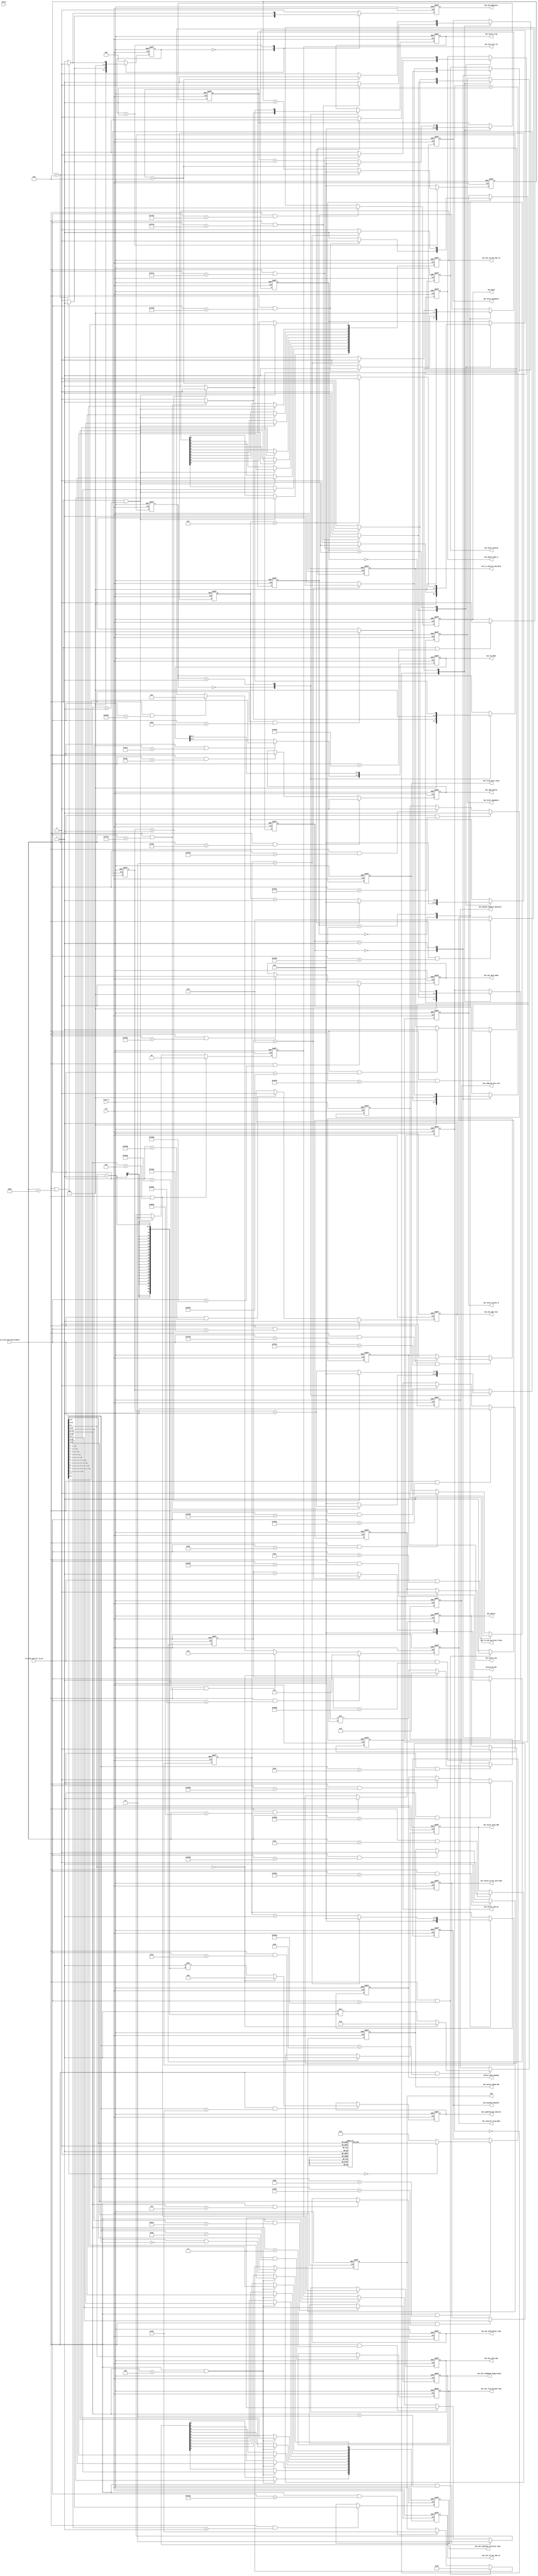
`timescale 1ns / 1ps
//////////////////////////////////////////////////////////////////////////////////
// Company: 
// Engineer: 
// 
// Design Name: 
// Module Name:    usb_command_interpreter 
// Project Name: 
// Target Devices: 
// Tool versions: 
// Description: 
//
// Dependencies: 
//
// Revision: 
// Revision 0.01 - File Created
// Additional Comments: 
//
//////////////////////////////////////////////////////////////////////////////////
module usb_command_interpreter(
      input                 IFCLK,
      input                 clk,
      input                 reset_n,
      /*--------USB interface------------*/
      input                 in_from_usb_Ctr_rd_en,
      input [15:0]          in_from_usb_ControlWord,
      output reg            out_to_usb_Acq_Start_Stop,
      /*-------clear usb fifo------------*/
      output reg            out_to_control_usb_data, //control USB choose input Data ADC_Constant_Data or Normal Data
      /*-------LED test------------------*/
      output reg [5:0]      LED,
      /*------Select Work mode-----------*/
      output reg            Out_Sel_Work_Mode,
      /*------Control Trig and ADC module--------*/
      output reg [4:1]      Out_Valid_TA_for_Self_Mod,   //Control which TA to use for Self Trig mode  1111for all use 0001for only use TA1

      output reg            Out_Trig_Start_Stop,  
      output reg            Out_Hold,
      output reg [3:0]      Out_Control_Trig_Mode,
      output reg [7:0]      Out_Set_Trig_Inside_Time, 
      output reg [13:0]     Out_Set_Constant_Interval_Time,
      output reg [11:0]     Out_Set_Hold_Delay_Time,
      /*---------Control ADG-----------*/
      output reg            Out_Sel_ADC_Test,
      output reg            Out_ADG_Switch,

      output reg            Out_Reset_ASIC_b,
      output reg            Out_Start_Acq,
      output reg            Out_Start_Conver_b,
      output reg            Out_Force_Trig,
      output reg            Out_Start_Readout1,
      output reg            Out_Start_Readout2,
      output reg            Out_Start_Stop_ADG,
      output reg [192:1]    Out_AnaProb_SS1_SS10_PA,
      output reg [128:1]    Out_AnaProb_Thre_Fsb,
      output reg            Select_Main_Backup,
      output reg            Out_Set_Register,
      output reg [3:0]      Out_Sel_Feedback_Capacitance,
      output reg [64:1]     Out_Choose_Channel_Resister,
      output reg [1:0]      Out_Sel_Cali_TA,
      output reg [11:0]     Out_Set_Cali_DAC,
      output reg [9:0]     Out_Set_TA_Thr_DAC_12,
      output reg [9:0]     Out_Set_TA_Thr_DAC_34,
      /*-----Control TA Config module---*/
      output reg [5:1]      Out_TA_Mode,
      output reg            Out_Select_Ramp_ADC,
      output reg [32:1]     Out_Disable_Channel,
      output reg            Out_Start_Config,
      output reg            Out_Select,/*Select SC or Probregister mode 1 for SC 0 for Probe*/
      output reg            Out_Select_TDC_On,

 //     output [15:0] Out_Ctr_Word,
      output reg            Status_En_Out
    );
/*-------Select Ramp_ADC------------*/
always @ (posedge clk , negedge reset_n) begin
  if(~reset_n)
    Out_Select_Ramp_ADC <= 1'b0;

  else if(in_from_usb_Ctr_rd_en && in_from_usb_ControlWord[15:0] == 16'hfab1)
    Out_Select_Ramp_ADC <= 1'b1;
    
  else if(in_from_usb_Ctr_rd_en && in_from_usb_ControlWord[15:0] == 16'hfab0)
    Out_Select_Ramp_ADC <= 1'b0;


  else
    Out_Select_Ramp_ADC <= Out_Select_Ramp_ADC;
end
/*--------Sel ADC Test----------*/
always @ (posedge clk , negedge reset_n) begin
  if(~reset_n)
    Out_Sel_ADC_Test <= 1'b0;

  else if(in_from_usb_Ctr_rd_en && in_from_usb_ControlWord[15:0] == 16'hf301)
    Out_Sel_ADC_Test <= 1'b1;
    
  else if(in_from_usb_Ctr_rd_en && in_from_usb_ControlWord[15:0] == 16'hf300)
    Out_Sel_ADC_Test <= 1'b0;


  else
    Out_Sel_ADC_Test <= Out_Sel_ADC_Test;
end




/*----Command of Prob Register-----*/



always  @ (posedge clk or negedge reset_n)
  begin
    if(~reset_n)
      begin
        Out_AnaProb_SS1_SS10_PA       <=  192'd0;
      end   
    else if(in_from_usb_Ctr_rd_en && in_from_usb_ControlWord[15:8] == 8'h30)
      begin
        if(in_from_usb_ControlWord[7:0] == 8'd0)
          Out_AnaProb_SS1_SS10_PA     <=  192'd0;
        else
          begin

          Out_AnaProb_SS1_SS10_PA      <=  192'd1 << in_from_usb_ControlWord[7:0]-1;
          end



      end   
    else
      Out_AnaProb_SS1_SS10_PA         <=  Out_AnaProb_SS1_SS10_PA;

  end   





  always  @ (posedge clk or negedge reset_n)
  begin
    if(~reset_n)
      begin
        Out_AnaProb_Thre_Fsb       <=  128'd0;
      end   
    else if(in_from_usb_Ctr_rd_en && in_from_usb_ControlWord[15:8] == 8'h31)
      begin
        if(in_from_usb_ControlWord[7:0] == 8'd0)
          Out_AnaProb_Thre_Fsb     <=  128'd0;
        else
          begin

          Out_AnaProb_Thre_Fsb      <=  128'd1 << in_from_usb_ControlWord[7:0]-1;
          end



      end   
    else
      Out_AnaProb_Thre_Fsb         <=  Out_AnaProb_Thre_Fsb;

  end  



always  @ (posedge clk or negedge reset_n)
  begin
    if(~reset_n)
      begin
        Out_Choose_Channel_Resister       <=  64'd0;
      end   
    else if(in_from_usb_Ctr_rd_en && in_from_usb_ControlWord[15:8] == 8'h34)
      begin
        if(in_from_usb_ControlWord[7:0] == 8'd0)
          Out_Choose_Channel_Resister     <=  64'd0;
        else
          begin

          Out_Choose_Channel_Resister      <=  64'd1 << in_from_usb_ControlWord[7:0]-1;
          end



      end   
    else
      Out_Choose_Channel_Resister         <=  Out_Choose_Channel_Resister;

  end   
/*
always @ (posedge clk or negedge reset_n)
  begin
    if(~reset_n)
      begin
   
        Cnt_AnaProb_SS1         <=  8'd0;
        Out_AnaProb_SS1_SS10_PA <=  192'd0;
      end   
    else
      begin
        case(State_SS1)
          IDLE_SS1:
            begin
              if(in_from_usb_Ctr_rd_en && in_from_usb_ControlWord[15:8] == 8'h30)
                begin
                  State_SS1             <=  RST_SS1;
                end   
              else
                begin
                  State_SS1             <=  IDLE_SS1;

                end   
            end   

        endcase         
      end   
  end   
  */

 
 /*always @ (posedge clk or negedge reset_n)                        
   begin
     if(~reset_n)
       begin
          Out_AnaProb_SS1_SS10_PA                                <=  192'd0;
       end    
     else if(in_from_usb_Ctr_rd_en && in_from_usb_ControlWord[15:8] == 8'h30)
       begin
         for(Cnt_SS1_Prob = 1; Cnt_SS1_Prob <= 192;Cnt_SS1_Prob = Cnt_SS1_Prob + 1'b1)
           begin
               Out_AnaProb_SS1_SS10_PA[Cnt_SS1_Prob] <= (Cnt_SS1_Prob == in_from_usb_ControlWord[7:0] ) ? 1'b1: 1'b0;
           end    
       end    
     else
       begin
         Out_AnaProb_SS1_SS10_PA                               <=  Out_AnaProb_SS1_SS10_PA;            
       end    
   end    
*/

    

/*-----Set TA Mode-----*/
 always @ (posedge clk or negedge reset_n)                        
   begin
     if(~reset_n)
       begin
         Out_TA_Mode                                <=  5'b1_1000;
       end    
     else if(in_from_usb_Ctr_rd_en && in_from_usb_ControlWord[15:4] == 12'hac0)
       begin
         Out_TA_Mode[5:4]                           <=  in_from_usb_ControlWord[1:0];
       end    
     else
       begin
         Out_TA_Mode                                <=  Out_TA_Mode;            
       end    
   end    
/*-----TA_Disable_Channel---*/

 always @ (posedge clk or negedge reset_n)                        
   begin
     if(~reset_n)
       begin
         Out_Disable_Channel                        <=  32'h0;
       end    
     else if(in_from_usb_Ctr_rd_en && in_from_usb_ControlWord[15:8] == 8'hbb)
       begin
         case(in_from_usb_ControlWord[7:0])
           8'd0:
              Out_Disable_Channel                   <=  32'h0;
           8'd1:
              Out_Disable_Channel                   <=  32'b0111_1111_1111_1111_1111_1111_1111_1111;
           8'd2:
              Out_Disable_Channel                   <=  32'b1011_1111_1111_1111_1111_1111_1111_1111;
           8'd3:
              Out_Disable_Channel                   <=  32'b1101_1111_1111_1111_1111_1111_1111_1111;
           8'd4:
              Out_Disable_Channel                   <=  32'b1110_1111_1111_1111_1111_1111_1111_1111;
           8'd5:
              Out_Disable_Channel                   <=  32'b1111_0111_1111_1111_1111_1111_1111_1111;
           8'd6:
              Out_Disable_Channel                   <=  32'b1111_1011_1111_1111_1111_1111_1111_1111;
           8'd7:
              Out_Disable_Channel                   <=  32'b1111_1101_1111_1111_1111_1111_1111_1111;
           8'd8:
              Out_Disable_Channel                   <=  32'b1111_1110_1111_1111_1111_1111_1111_1111;
           8'd9:
              Out_Disable_Channel                   <=  32'b1111_1111_0111_1111_1111_1111_1111_1111;
           8'd10:
              Out_Disable_Channel                   <=  32'b1111_1111_1011_1111_1111_1111_1111_1111;
           8'd11:
              Out_Disable_Channel                   <=  32'b1111_1111_1101_1111_1111_1111_1111_1111;
           8'd12:
              Out_Disable_Channel                   <=  32'b1111_1111_1110_1111_1111_1111_1111_1111;
           8'd13:
              Out_Disable_Channel                   <=  32'b1111_1111_1111_0111_1111_1111_1111_1111;
           8'd14:
              Out_Disable_Channel                   <=  32'b1111_1111_1111_1011_1111_1111_1111_1111;
           8'd15:
              Out_Disable_Channel                   <=  32'b1111_1111_1111_1101_1111_1111_1111_1111;
           8'd16:
              Out_Disable_Channel                   <=  32'b1111_1111_1111_1110_1111_1111_1111_1111;
           8'd17:
              Out_Disable_Channel                   <=  32'b1111_1111_1111_1111_0111_1111_1111_1111;
           8'd18:
              Out_Disable_Channel                   <=  32'b1111_1111_1111_1111_1011_1111_1111_1111;
           8'd19:
              Out_Disable_Channel                   <=  32'b1111_1111_1111_1111_1101_1111_1111_1111;
           8'd20:
              Out_Disable_Channel                   <=  32'b1111_1111_1111_1111_1110_1111_1111_1111;
           8'd21:
              Out_Disable_Channel                   <=  32'b1111_1111_1111_1111_1111_0111_1111_1111;
           8'd22:
              Out_Disable_Channel                   <=  32'b1111_1111_1111_1111_1111_1011_1111_1111;
           8'd23:
              Out_Disable_Channel                   <=  32'b1111_1111_1111_1111_1111_1101_1111_1111;
           8'd24:
              Out_Disable_Channel                   <=  32'b1111_1111_1111_1111_1111_1110_1111_1111;
           8'd25:
              Out_Disable_Channel                   <=  32'b1111_1111_1111_1111_1111_1111_0111_1111;
           8'd26:
              Out_Disable_Channel                   <=  32'b1111_1111_1111_1111_1111_1111_1011_1111;
           8'd27:
              Out_Disable_Channel                   <=  32'b1111_1111_1111_1111_1111_1111_1101_1111;
           8'd28:
              Out_Disable_Channel                   <=  32'b1111_1111_1111_1111_1111_1111_1110_1111;
           8'd29:
              Out_Disable_Channel                   <=  32'b1111_1111_1111_1111_1111_1111_1111_0111;
           8'd30:
              Out_Disable_Channel                   <=  32'b1111_1111_1111_1111_1111_1111_1111_1011;
           8'd31:
              Out_Disable_Channel                   <=  32'b1111_1111_1111_1111_1111_1111_1111_1101;
           8'd32:
              Out_Disable_Channel                   <=  32'b1111_1111_1111_1111_1111_1111_1111_1110;
           default:
              Out_Disable_Channel                   <=  32'h0;
         endcase                            
       end
     else
       begin
         Out_Disable_Channel                        <=  Out_Disable_Channel;            
       end    
   end    

/*-----Send Config start signal-----*/

//command process

always @ (posedge clk , negedge reset_n) begin
  if(~reset_n)
    Out_Hold                             <= 1'b0;
  else if(in_from_usb_Ctr_rd_en && in_from_usb_ControlWord == 16'hffb1)
    Out_Hold                             <= 1'b1;
  else if(in_from_usb_Ctr_rd_en && in_from_usb_ControlWord == 16'hffb0)
    Out_Hold                             <= 1'b0;
  else
    Out_Hold                             <= Out_Hold;
end

/*-----Control ADG start stop----*/
always @ (posedge clk , negedge reset_n) begin
  if(~reset_n)
    Out_Start_Stop_ADG                             <= 1'b0;
  else if(in_from_usb_Ctr_rd_en && in_from_usb_ControlWord == 16'h0033)
    Out_Start_Stop_ADG                             <= 1'b1;
  else if(in_from_usb_Ctr_rd_en && in_from_usb_ControlWord == 16'h0044)
    Out_Start_Stop_ADG                             <= 1'b0;
  else
    Out_Start_Stop_ADG                             <= Out_Start_Stop_ADG;
end
/*----------------Select main or backup---------*/
always @ (posedge clk , negedge reset_n) begin
  if(~reset_n)
    Select_Main_Backup                             <= 1'b1;
  else if(in_from_usb_Ctr_rd_en && in_from_usb_ControlWord == 16'hfd03)     //main
    Select_Main_Backup                             <= 1'b1;                  
  else if(in_from_usb_Ctr_rd_en && in_from_usb_ControlWord == 16'hfd04)     //backup
    Select_Main_Backup                             <= 1'b0;
  else
    Select_Main_Backup                             <= Select_Main_Backup;
end



//Select work mode
always @ (posedge clk , negedge reset_n) begin
  if(~reset_n)
    Out_Sel_Work_Mode                             <= 1'b0;
  else if(in_from_usb_Ctr_rd_en && in_from_usb_ControlWord == 16'hfd40)     //normal mode
    Out_Sel_Work_Mode                             <= 1'b0;                  
  else if(in_from_usb_Ctr_rd_en && in_from_usb_ControlWord == 16'hfd41)     //Cali mode
    Out_Sel_Work_Mode                             <= 1'b1;
  else
    Out_Sel_Work_Mode                             <= Out_Sel_Work_Mode;
end

// Control ADG Switch 1 for closed 
always @ (posedge clk , negedge reset_n) begin
  if(~reset_n)
    Out_ADG_Switch                             <= 1'b0;
  else if(in_from_usb_Ctr_rd_en && in_from_usb_ControlWord == 16'h0f00)
    Out_ADG_Switch                             <= 1'b0;
  else if(in_from_usb_Ctr_rd_en && in_from_usb_ControlWord == 16'h0f01)
    Out_ADG_Switch                             <= 1'b1;
  else
    Out_ADG_Switch                             <= Out_ADG_Switch;
end


//Set DAC Code for Cali and TA thr

always @ (posedge clk , negedge reset_n) begin
  if(~reset_n)
    Out_Set_TA_Thr_DAC_12 <= 10'h3FF;
  else if(in_from_usb_Ctr_rd_en && in_from_usb_ControlWord[15:12] == 4'b0001)
    begin
    Out_Set_TA_Thr_DAC_12[0] <=     in_from_usb_ControlWord[9];
    Out_Set_TA_Thr_DAC_12[1] <=     in_from_usb_ControlWord[8];
    Out_Set_TA_Thr_DAC_12[2] <=     in_from_usb_ControlWord[7];
    Out_Set_TA_Thr_DAC_12[3] <=     in_from_usb_ControlWord[6];
    Out_Set_TA_Thr_DAC_12[4] <=     in_from_usb_ControlWord[5];
    Out_Set_TA_Thr_DAC_12[5] <=     in_from_usb_ControlWord[4];
    Out_Set_TA_Thr_DAC_12[6] <=     in_from_usb_ControlWord[3];
    Out_Set_TA_Thr_DAC_12[7] <=     in_from_usb_ControlWord[2];
    Out_Set_TA_Thr_DAC_12[8] <=     in_from_usb_ControlWord[1];
    Out_Set_TA_Thr_DAC_12[9] <=     in_from_usb_ControlWord[0];


    end


    else
    Out_Set_TA_Thr_DAC_12 <= Out_Set_TA_Thr_DAC_12;
end


always @ (posedge clk , negedge reset_n) begin
  if(~reset_n)
    Out_Set_TA_Thr_DAC_34 <= 10'h3FF;
  else if(in_from_usb_Ctr_rd_en && in_from_usb_ControlWord[15:12] == 4'h4)
  begin
    Out_Set_TA_Thr_DAC_34[0] <=     in_from_usb_ControlWord[9];
    Out_Set_TA_Thr_DAC_34[1] <=     in_from_usb_ControlWord[8];
    Out_Set_TA_Thr_DAC_34[2] <=     in_from_usb_ControlWord[7];
    Out_Set_TA_Thr_DAC_34[3] <=     in_from_usb_ControlWord[6];
    Out_Set_TA_Thr_DAC_34[4] <=     in_from_usb_ControlWord[5];
    Out_Set_TA_Thr_DAC_34[5] <=     in_from_usb_ControlWord[4];
    Out_Set_TA_Thr_DAC_34[6] <=     in_from_usb_ControlWord[3];
    Out_Set_TA_Thr_DAC_34[7] <=     in_from_usb_ControlWord[2];
    Out_Set_TA_Thr_DAC_34[8] <=     in_from_usb_ControlWord[1];
    Out_Set_TA_Thr_DAC_34[9] <=     in_from_usb_ControlWord[0];
  end
    
    else
    Out_Set_TA_Thr_DAC_34 <= Out_Set_TA_Thr_DAC_34;
end



always @ (posedge clk , negedge reset_n) begin
  if(~reset_n)
    Out_Set_Cali_DAC <= 12'h500;
  else if(in_from_usb_Ctr_rd_en && in_from_usb_ControlWord[15:12] == 4'b0101)
    Out_Set_Cali_DAC <= in_from_usb_ControlWord[11:0];
    else
    Out_Set_Cali_DAC <= Out_Set_Cali_DAC;
end


always @ (posedge clk , negedge reset_n) begin
  if(~reset_n)
    Out_Sel_Cali_TA <= 2'b00;
  else if(in_from_usb_Ctr_rd_en && in_from_usb_ControlWord[15:12] == 4'd5)   //5 for Cali DAC     1-4  for TA DAC
    Out_Sel_Cali_TA <= 2'b00;
  else if(in_from_usb_Ctr_rd_en && in_from_usb_ControlWord[15:12] == 4'd1)
    Out_Sel_Cali_TA <= 2'b10;
  else if(in_from_usb_Ctr_rd_en && in_from_usb_ControlWord[15:12] == 4'd2)
    Out_Sel_Cali_TA <= 2'b10;
  else if(in_from_usb_Ctr_rd_en && in_from_usb_ControlWord[15:12] == 4'd3)
    Out_Sel_Cali_TA <= 2'b11;
  else if(in_from_usb_Ctr_rd_en && in_from_usb_ControlWord[15:12] == 4'd4)
    Out_Sel_Cali_TA <= 2'b11;
  else
    Out_Sel_Cali_TA <= Out_Sel_Cali_TA;
end





/*--------Start_Set_DAC last for 10 Cycles------*/
localparam    [3:0]   STATE_SET_DAC_IDLE = 4'd0,
                      STATE_SET_DAC_LOOP = 4'd1;
reg [3:0]             State,
                      State_Next;
reg [7:0]             Cnt_State;
              

always @ (posedge clk , negedge reset_n) begin
  if(~reset_n)
    begin
      State               <=  STATE_SET_DAC_IDLE;
      Out_Start_Config    <=  1'b0;
                Cnt_State         <=  8'd0;
    end   
  else
    begin
      case(State)
        STATE_SET_DAC_IDLE:
          begin
            if(in_from_usb_Ctr_rd_en && in_from_usb_ControlWord == 16'h00b1)
              begin
                State     <=  STATE_SET_DAC_LOOP;
                Out_Start_Config  <=  1'b1;
                Cnt_State         <=  8'd0;
              end   
            else
              begin
                State     <=  STATE_SET_DAC_IDLE;
                Cnt_State         <=  8'd0;
                Out_Start_Config    <=  1'b0;
              end   
          end   
        STATE_SET_DAC_LOOP:
          begin
            if(Cnt_State > 8'd8)
              begin
                State     <=  STATE_SET_DAC_IDLE;
                Out_Start_Config  <=  1'b0;
                Cnt_State         <=  8'd0;
              end   
            else
              begin
                State       <=  STATE_SET_DAC_LOOP;
                Cnt_State   <=  Cnt_State + 1'b1;
                Out_Start_Config    <=  1'b1;
              end   
          end   
      endcase
    end   

end
/*-------------Reset ASIC------------------*/


reg [3:0]             State_Reset;
                      
reg [7:0]             Cnt_State_Reset;
              

always @ (posedge clk , negedge reset_n) begin
  if(~reset_n)
    begin
      State_Reset               <=  STATE_SET_DAC_IDLE;
      Out_Reset_ASIC_b    <=  1'b1;
                Cnt_State_Reset         <=  8'd0;
    end   
  else
    begin
      case(State_Reset)
        STATE_SET_DAC_IDLE:
          begin
            if(in_from_usb_Ctr_rd_en && in_from_usb_ControlWord == 16'hffc0)
              begin
                State_Reset     <=  STATE_SET_DAC_LOOP;
                Out_Reset_ASIC_b  <=  1'b0;
                Cnt_State_Reset         <=  8'd0;
              end   
            else
              begin
                State_Reset     <=  STATE_SET_DAC_IDLE;
                Cnt_State_Reset         <=  8'd0;
                Out_Reset_ASIC_b    <=  1'b1;
              end   
          end   
        STATE_SET_DAC_LOOP:
          begin
            if(Cnt_State_Reset > 8'd15)
              begin
                State_Reset     <=  STATE_SET_DAC_IDLE;
                Out_Reset_ASIC_b  <=  1'b1;
                Cnt_State_Reset         <=  8'd0;
              end   
            else
              begin
                State_Reset       <=  STATE_SET_DAC_LOOP;
                Cnt_State_Reset   <=  Cnt_State_Reset + 1'b1;
                Out_Reset_ASIC_b    <=  1'b0;
              end   
          end   
      endcase
    end   

end
/*------------Start Register--------------------*/
reg [3:0]             State_Rigister;
                      
reg [7:0]             Cnt_State_Rigister;
              

always @ (posedge clk , negedge reset_n) begin
  if(~reset_n)
    begin
      State_Rigister               <=  STATE_SET_DAC_IDLE;
      Out_Set_Register    <=  1'b0;
                Cnt_State_Rigister         <=  8'd0;
    end   
  else
    begin
       State_Rigister     <=  STATE_SET_DAC_IDLE;
                Cnt_State_Rigister         <=  8'd0;
                Out_Set_Register    <=  1'b0;
      case(State_Rigister)
        STATE_SET_DAC_IDLE:
          begin
            if(in_from_usb_Ctr_rd_en && in_from_usb_ControlWord == 16'h00b2)
              begin
                State_Rigister     <=  STATE_SET_DAC_LOOP;
                Out_Set_Register  <=  1'b1;
                Cnt_State_Rigister         <=  8'd0;
              end   
            else
              begin
                State_Rigister     <=  STATE_SET_DAC_IDLE;
                Cnt_State_Rigister         <=  8'd0;
                Out_Set_Register    <=  1'b0;
              end   
          end   
        STATE_SET_DAC_LOOP:
          begin
            if(Cnt_State_Rigister > 8'd10) //2means last for 60ns
              begin
                State_Rigister     <=  STATE_SET_DAC_IDLE;
                Out_Set_Register  <=  1'b0;
                Cnt_State_Rigister         <=  8'd0;
              end   
            else
              begin
                State_Rigister       <=  STATE_SET_DAC_LOOP;
                Cnt_State_Rigister   <=  Cnt_State_Rigister + 1'b1;
                Out_Set_Register    <=  1'b1;
              end   
          end   
      endcase
    end   

end


/*-------------------Start_Convb------------------*/

reg [3:0]             State_Convb;
                      
reg [7:0]             Cnt_State_Conv;
              

always @ (posedge clk , negedge reset_n) begin
  if(~reset_n)
    begin
      State_Convb               <=  STATE_SET_DAC_IDLE;
      Out_Start_Conver_b    <=  1'b1;
                Cnt_State_Conv         <=  8'd0;
    end   
  else
    begin
      case(State_Convb)
        STATE_SET_DAC_IDLE:
          begin
            if(in_from_usb_Ctr_rd_en && in_from_usb_ControlWord == 16'hffd0)
              begin
                State_Convb     <=  STATE_SET_DAC_LOOP;
                Out_Start_Conver_b  <=  1'b0;
                Cnt_State_Conv         <=  8'd0;
              end   
            else
              begin
                State_Convb     <=  STATE_SET_DAC_IDLE;
                Cnt_State_Conv         <=  8'd0;
                Out_Start_Conver_b    <=  1'b1;
              end   
          end   
        STATE_SET_DAC_LOOP:
          begin
            if(Cnt_State_Conv > 8'd2) //2means last for 60ns
              begin
                State_Convb     <=  STATE_SET_DAC_IDLE;
                Out_Start_Conver_b  <=  1'b1;
                Cnt_State_Conv         <=  8'd0;
              end   
            else
              begin
                State_Convb       <=  STATE_SET_DAC_LOOP;
                Cnt_State_Conv   <=  Cnt_State_Conv + 1'b1;
                Out_Start_Conver_b    <=  1'b0;
              end   
          end   
      endcase
    end   

end


/*----------------------Force trigger--------------------*/
reg [3:0]             State_Trig;
                      
reg [7:0]             Cnt_State_Trig;
              

always @ (posedge clk , negedge reset_n) begin
  if(~reset_n)
    begin
      State_Trig               <=  STATE_SET_DAC_IDLE;
      Out_Force_Trig    <=  1'b0;
                Cnt_State_Trig         <=  8'd0;
    end   
  else
    begin
      case(State_Trig)
        STATE_SET_DAC_IDLE:
          begin
            if(in_from_usb_Ctr_rd_en && in_from_usb_ControlWord == 16'hffe0)
              begin
                State_Trig     <=  STATE_SET_DAC_LOOP;
                Out_Force_Trig  <=  1'b1;
                Cnt_State_Trig         <=  Cnt_State_Trig + 1'b1;
              end   
            else
              begin
                State_Trig     <=  STATE_SET_DAC_IDLE;
                Cnt_State_Trig         <=  8'd0;
                Out_Force_Trig    <=  1'b0;
              end   
          end   
        STATE_SET_DAC_LOOP:
          begin
            if(Cnt_State_Trig > 8'd1)//1 means 2clk 40ns
              begin
                State_Trig     <=  STATE_SET_DAC_IDLE;
                Out_Force_Trig  <=  1'b0;
                Cnt_State_Trig         <=  8'd0;
              end   
            else
              begin
                State_Trig       <=  STATE_SET_DAC_LOOP;
                Cnt_State_Trig   <=  Cnt_State_Trig + 1'b1;
                Out_Force_Trig    <=  1'b1;
              end   
          end   
      endcase
    end   

end

/*-------------------------Start_Readout---------------*/
reg [3:0]             State_Readout;
                      
reg [7:0]             Cnt_State_Readout;
              

always @ (posedge clk , negedge reset_n) begin
  if(~reset_n)
    begin
      State_Readout               <=  STATE_SET_DAC_IDLE;
      Out_Start_Readout1    <=  1'b0;
      Out_Start_Readout2    <=  1'b1;
                Cnt_State_Readout         <=  8'd0;
    end   
  else
    begin
      case(State_Readout)
        STATE_SET_DAC_IDLE:
          begin
            if(in_from_usb_Ctr_rd_en && in_from_usb_ControlWord == 16'hffe3)
              begin
                State_Readout     <=  STATE_SET_DAC_LOOP;
                Out_Start_Readout1  <=  1'b1;
                Out_Start_Readout2  <=  1'b0;
                Cnt_State_Readout         <=  8'd0;
              end   
            else
              begin
                State_Readout     <=  STATE_SET_DAC_IDLE;
                Cnt_State_Readout         <=  8'd0;
                Out_Start_Readout1    <=  1'b0;
                Out_Start_Readout2    <=  1'b1;
              end   
          end   
        STATE_SET_DAC_LOOP:
          begin
            if(Cnt_State_Readout > 8'd10)
              begin
                State_Readout     <=  STATE_SET_DAC_IDLE;
                Out_Start_Readout1  <=  1'b0;
                Out_Start_Readout2  <=  1'b1;
                Cnt_State_Readout         <=  8'd0;
              end   
            else
              begin
                State_Readout       <=  STATE_SET_DAC_LOOP;
                Cnt_State_Readout   <=  Cnt_State_Readout + 1'b1;
                Out_Start_Readout1    <=  1'b1;
                Out_Start_Readout2    <=  1'b0;
              end   
          end   
      endcase
    end   

end






always @ (posedge clk , negedge reset_n) begin
  if(~reset_n)
    Out_Start_Acq <= 1'b1;

  else if(in_from_usb_Ctr_rd_en && in_from_usb_ControlWord[15:0] == 16'hffa1)
    Out_Start_Acq <= 1'b1;
    
  else if(in_from_usb_Ctr_rd_en && in_from_usb_ControlWord[15:0] == 16'hffa0)
    Out_Start_Acq <= 1'b0;


  else
    Out_Start_Acq <= Out_Start_Acq;
end
/*---------Sel Feedback capacitance------*/
always @ (posedge clk , negedge reset_n) begin
  if(~reset_n)
    Out_Sel_Feedback_Capacitance <= 4'b1111;
  else if(in_from_usb_Ctr_rd_en && in_from_usb_ControlWord[15:4] == 12'haca)
    Out_Sel_Feedback_Capacitance <= in_from_usb_ControlWord[3:0];
    else
    Out_Sel_Feedback_Capacitance <= Out_Sel_Feedback_Capacitance;
end

//set Trigtime of Inside mode 0~256
always @ (posedge clk , negedge reset_n) begin
  if(~reset_n)
    Out_Set_Trig_Inside_Time <= 8'd1;
  else if(in_from_usb_Ctr_rd_en && in_from_usb_ControlWord[15:8] == 8'hab)
    Out_Set_Trig_Inside_Time <= in_from_usb_ControlWord[7:0];
    else
    Out_Set_Trig_Inside_Time <= Out_Set_Trig_Inside_Time;
end



//Set Delay time default 1us 50cyc
always @ (posedge clk , negedge reset_n) begin
  if(~reset_n)
    Out_Set_Hold_Delay_Time  <= 12'd1560;
  else if(in_from_usb_Ctr_rd_en && in_from_usb_ControlWord[15:12] == 4'h6)
    Out_Set_Hold_Delay_Time <= in_from_usb_ControlWord[11:0];
    else
    Out_Set_Hold_Delay_Time <= Out_Set_Hold_Delay_Time;
end





//Set Out_Set_Constant_Interval_Time for Constant ADC 
always @ (posedge clk , negedge reset_n) begin
  if(~reset_n)
    Out_Set_Constant_Interval_Time <= 14'd20;
  else if(in_from_usb_Ctr_rd_en && in_from_usb_ControlWord[15:14] == 2'b01)
    Out_Set_Constant_Interval_Time <= in_from_usb_ControlWord[13:0];
    else
    Out_Set_Constant_Interval_Time <= Out_Set_Constant_Interval_Time;
end




always @ (posedge clk , negedge reset_n) begin
  if(~reset_n)
    out_to_usb_Acq_Start_Stop <= 1'b0;
  else if(in_from_usb_Ctr_rd_en && in_from_usb_ControlWord == 16'hf0f1)
    out_to_usb_Acq_Start_Stop <= 1'b1;
  else if(in_from_usb_Ctr_rd_en && in_from_usb_ControlWord == 16'hf0f0)
    out_to_usb_Acq_Start_Stop <= 1'b0;
  else
    out_to_usb_Acq_Start_Stop <= out_to_usb_Acq_Start_Stop;
end





//Status module Enabled and disabled  55aa eb90
always @ (posedge clk , negedge reset_n) begin
  if(~reset_n)
    Status_En_Out <= 1'b1;
  else if(in_from_usb_Ctr_rd_en && in_from_usb_ControlWord == 16'h55aa)
    Status_En_Out <= 1'b1;
  else if(in_from_usb_Ctr_rd_en && in_from_usb_ControlWord == 16'heb90)
    Status_En_Out <= 1'b0;
  else
    Status_En_Out <= Status_En_Out;
end





//Control Trig mode to Trig_Gen module
always @ (posedge clk , negedge reset_n) begin
  if(~reset_n)
    Out_Control_Trig_Mode <= 4'b0001;
  else if(in_from_usb_Ctr_rd_en && in_from_usb_ControlWord == 16'haa01) //Inside Mode
    Out_Control_Trig_Mode <= 4'b0001;
  else if(in_from_usb_Ctr_rd_en && in_from_usb_ControlWord == 16'haa02) //Ex Mode
    Out_Control_Trig_Mode <= 4'b0010;
  else if(in_from_usb_Ctr_rd_en && in_from_usb_ControlWord == 16'haa03) // Self Mode OR
    Out_Control_Trig_Mode <= 4'b0100;
  else if(in_from_usb_Ctr_rd_en && in_from_usb_ControlWord == 16'haa04) // Self Mode AND
    Out_Control_Trig_Mode <= 4'b1000;
 
  else 
    Out_Control_Trig_Mode <= Out_Control_Trig_Mode;
end

//Select Which TA to use
always @ (posedge clk or negedge reset_n)
  begin
    if(~reset_n)
      begin
        Out_Valid_TA_for_Self_Mod           <=  4'b1111;
      end   
    else if(in_from_usb_Ctr_rd_en && in_from_usb_ControlWord[15:4]  ==  12'h920)
      begin
        Out_Valid_TA_for_Self_Mod           <=  in_from_usb_ControlWord[3:0];
      end   
    else
      begin
        Out_Valid_TA_for_Self_Mod           <=  Out_Valid_TA_for_Self_Mod;
      end   

  end   


//Control Trig Mode
always @ (posedge clk , negedge reset_n) begin
  if(~reset_n)
    Out_Trig_Start_Stop <= 1'b0;
  else if(in_from_usb_Ctr_rd_en && in_from_usb_ControlWord == 16'h00a1)
    Out_Trig_Start_Stop <= 1'b1;
  else if(in_from_usb_Ctr_rd_en && in_from_usb_ControlWord == 16'h00a0)
    Out_Trig_Start_Stop <= 1'b0;
  else
    Out_Trig_Start_Stop <= Out_Trig_Start_Stop;
end




//clear usb data fifo a0f0
always @ (posedge clk , negedge reset_n) begin
  if(~reset_n)
    out_to_control_usb_data <= 1'b1;
  else if(in_from_usb_Ctr_rd_en && in_from_usb_ControlWord == 16'ha0f0)
   out_to_control_usb_data <= 1'b0;
  else if(in_from_usb_Ctr_rd_en && in_from_usb_ControlWord == 16'ha0f1)
    out_to_control_usb_data <= 1'b1;
  else 
    out_to_control_usb_data <= out_to_control_usb_data;
end




//led interface
always @ (posedge clk , negedge reset_n) begin
  if(~reset_n)
    LED <= 6'b11_1111;
  else if(in_from_usb_Ctr_rd_en && in_from_usb_ControlWord[15:8] == 8'h00)
    LED <= in_from_usb_ControlWord[5:0];
  else if (in_from_usb_Ctr_rd_en && in_from_usb_ControlWord == 16'h55aa)
    LED <= 6'b11_1111;
  else if (in_from_usb_Ctr_rd_en && in_from_usb_ControlWord == 16'h45aa)
    LED <= 6'b11_0000;
  else 
    LED <= LED;
  
end
/*-----Select Mode-----*/
 always @ (posedge clk or negedge reset_n)                        
   begin
     if(~reset_n)
       begin
         Out_Select                                <=  1'b1;
       end    
     else if(in_from_usb_Ctr_rd_en && in_from_usb_ControlWord == 16'hbb01)
       begin
         Out_Select                                <=  1'b1;
       end    
      else if(in_from_usb_Ctr_rd_en && in_from_usb_ControlWord == 16'hbb00)
       begin
         Out_Select                                <=  1'b0;

       end    
      else
        begin
          Out_Select                                <=  Out_Select;
        end   
   end    
/*--------------------Out_Select_TDC_On----------------*/
 always @ (posedge clk or negedge reset_n)                        
   begin
     if(~reset_n)
       begin
         Out_Select_TDC_On                                <=  1'b1;
       end    
     else if(in_from_usb_Ctr_rd_en && in_from_usb_ControlWord == 16'hf901)
       begin
         Out_Select_TDC_On                                <=  1'b1;
       end    
      else if(in_from_usb_Ctr_rd_en && in_from_usb_ControlWord == 16'hf900)
       begin
         Out_Select_TDC_On                                <=  1'b0;

       end    
      else
        begin
          Out_Select_TDC_On                                <=  Out_Select_TDC_On;
        end   
   end   
endmodule